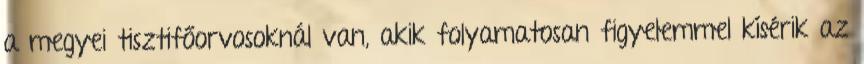
a megyei tisztifőorvosoknál van, akik folyamatosan figyelemmel kísérik az